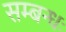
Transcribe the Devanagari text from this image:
सम्बन्धः